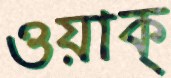
ওয়াক্